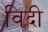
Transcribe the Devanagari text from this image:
विदी